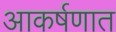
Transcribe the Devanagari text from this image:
आकर्षणात